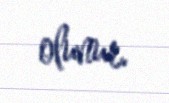
olunur.